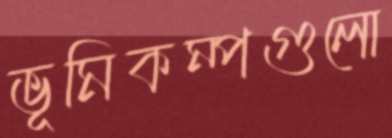
ভূমিকম্পগুলো